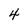
Character: 4